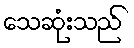
သေဆုံးသည်